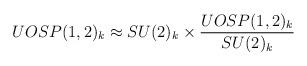
LaTeX: \begin{align*}UOSP(1,2)_k\approx SU(2)_k \times {UOSP(1,2)_k\over SU(2)_k}\end{align*}